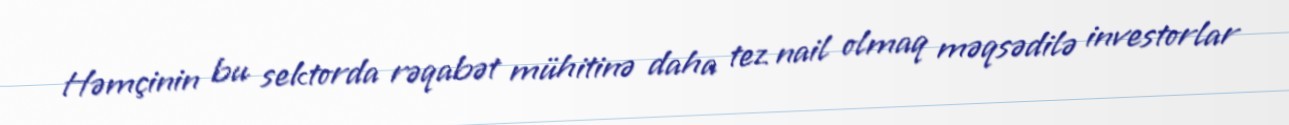
Həmçinin bu sektorda rəqabət mühitinə daha tez nail olmaq məqsədilə investorlar